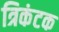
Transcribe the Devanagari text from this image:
त्रिकंटक